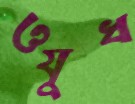
ওযুধ